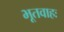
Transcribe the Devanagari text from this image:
भूतवाहः